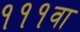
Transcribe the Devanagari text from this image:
१११वा